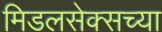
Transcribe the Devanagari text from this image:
मिडलसेक्सच्या